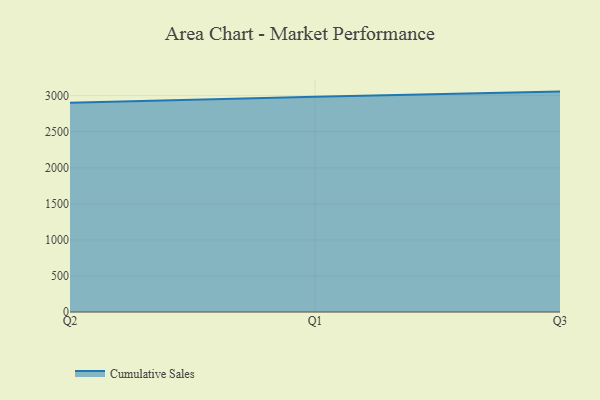
{"axis": {"x": "Quarter", "y": "Market Share (%)"}, "legend": ["Cumulative Sales"], "data": [{"x": "Q2", "y": 2900.3, "type": "Cumulative Sales"}, {"x": "Q1", "y": 2986.4, "type": "Cumulative Sales"}, {"x": "Q3", "y": 3056.4, "type": "Cumulative Sales"}]}